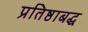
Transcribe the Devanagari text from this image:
प्रतिष्ठाबद्ध